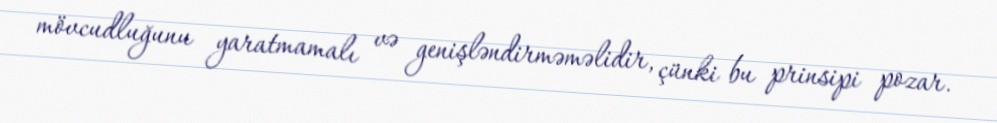
mövcudluğunu yaratmamalı və genişləndirməməlidir, çünki bu prinsipi pozar.